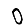
Digit: 0